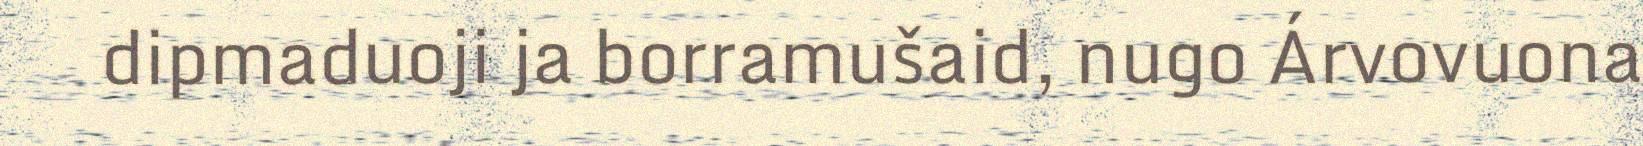
dipmaduoji ja borramušaid, nugo Árvovuona